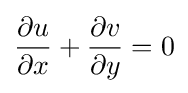
{\dfrac {\partial u}{\partial x}}+{\dfrac {\partial v}{\partial y}}=0